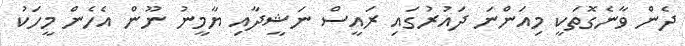
ދެން ވާނެގޮތަކީ މިއަންނަ ދައުރުގައި ރައީސް ނަޝީދާއި ޔާމީނު ނޫން އެހެން މީހަކު